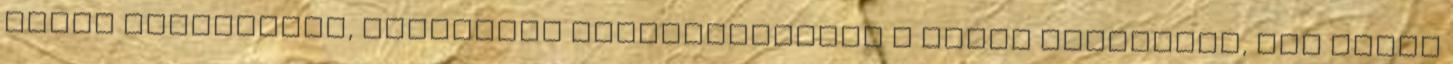
olyan holttestek, melyekből eltávolították a belső szerveket, így jogos